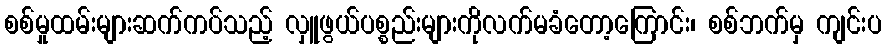
စစ်မှုထမ်းများဆက်ကပ်သည့် လှူဖွယ်ပစ္စည်းများကိုလက်မခံတော့ကြောင်း၊ စစ်ဘက်မှ ကျင်းပ